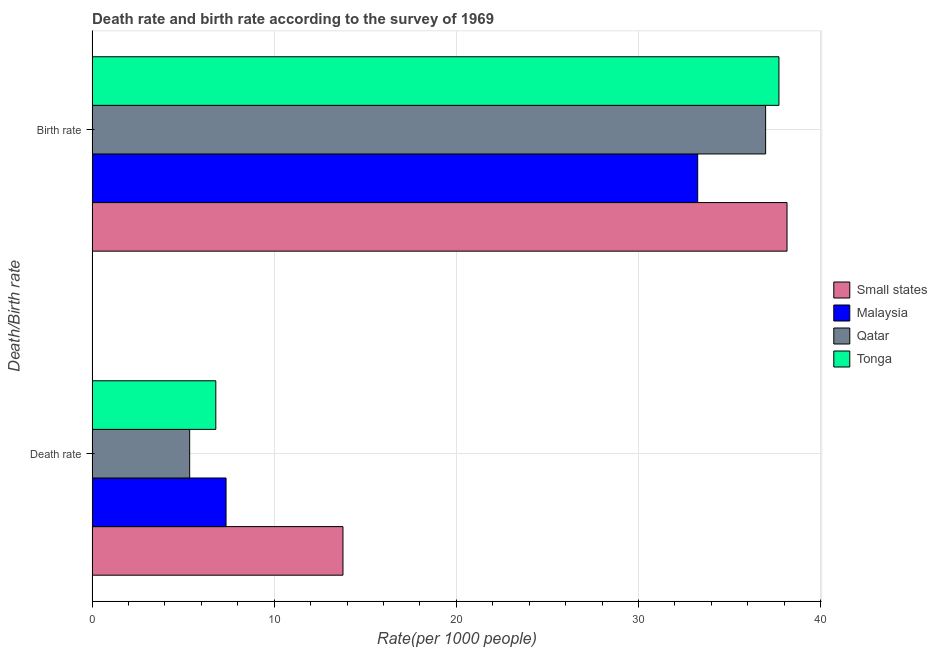
| Death/Birth rate | Small states | Malaysia | Qatar | Tonga |
 | --- | --- | --- | --- | --- |
 | Death rate | 13.8 | 7.36 | 5.36 | 6.79 |
 | Birth rate | 38.2 | 33.3 | 37 | 37.7 |